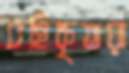
বহিষ্কৃতরা